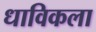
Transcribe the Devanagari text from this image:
धाविकला